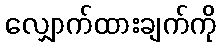
လျှောက်ထားချက်ကို